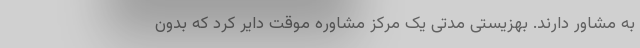
به مشاور دارند. بهزیستی مدتی یک مرکز مشاوره موقت دایر کرد که بدون